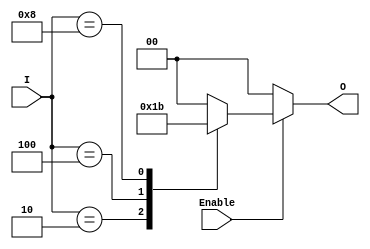
module binary_encoder (
    input wire [3:0] I,    // 4 input lines
    input wire Enable,      // Enable signal
    output reg [1:0] O      // 2-bit output
);

always @(*) begin
    if (!Enable) begin
        O = 2'b00; // If not enabled, output is 00
    end else begin
        case (I)
            4'b0001: O = 2'b00; // I0 is active
            4'b0010: O = 2'b01; // I1 is active
            4'b0100: O = 2'b10; // I2 is active
            4'b1000: O = 2'b11; // I3 is active
            default: O = 2'b00;  // No active input or multiple active
        endcase
    end
end

endmodule